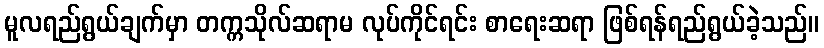
မူလရည်ရွယ်ချက်မှာ တက္ကသိုလ်ဆရာမ လုပ်ကိုင်ရင်း စာရေးဆရာ ဖြစ်ရန်ရည်ရွယ်ခဲ့သည်။